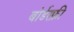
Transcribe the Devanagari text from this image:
बोर्डरफ्री